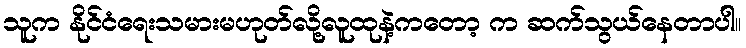
သူက နိုင်ငံရေးသမားမဟုတ်လို့လူထုနဲ့ကတော့ က ဆက်သွယ်နေတာပါ။